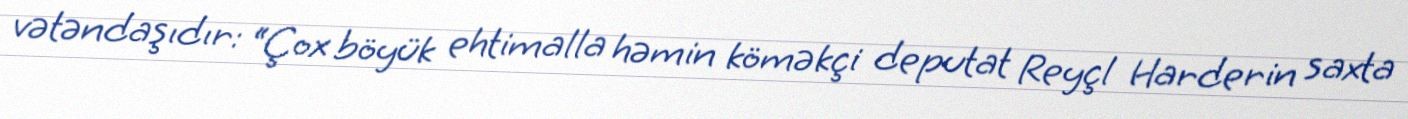
vətəndaşıdır: “Çox böyük ehtimalla həmin köməkçi deputat Reyçl Harderin saxta